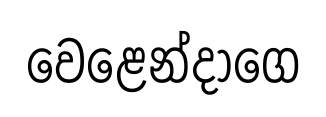
වෙළෙන්දාගෙ